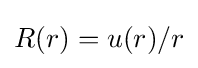
R(r)=u(r)/r